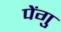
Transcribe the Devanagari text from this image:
पेंगु